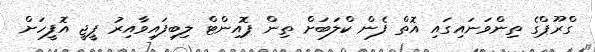
ގްރޫޕްގެ ތިންވަނައިގައި އޮތް ފެން ކްލަބަށް ތިން ޕޮއިންޓް ލިބިފައިވާއިރު ޕީޖީ އޮފީހަށް